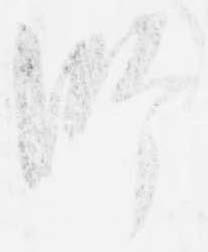
師